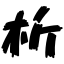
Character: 析